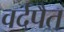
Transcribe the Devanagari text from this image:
वर्दपैत